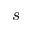
s